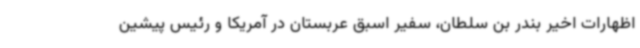
اظهارات اخیر بندر بن سلطان، سفیر اسبق عربستان در آمریکا و رئیس پیشین